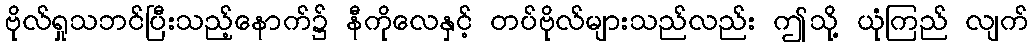
ဗိုလ်ရှုသဘင်ပြီးသည့်နောက်၌ နီကိုလေနှင့် တပ်ဗိုလ်များသည်လည်း ဤသို့ ယုံကြည် လျက်